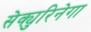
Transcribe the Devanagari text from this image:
सेक्युरिनेगा